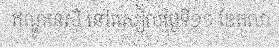
ឥណ្ឌូនេស៊ី នៅរសៀលថ្ងៃទី១១ ខែតុលា